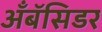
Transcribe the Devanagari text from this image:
अँबॅसिडर